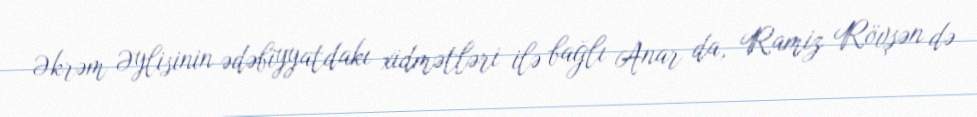
Əkrəm Əylisinin ədəbiyyatdakı xidmətləri ilə bağlı Anar da, Ramiz Rövşən də